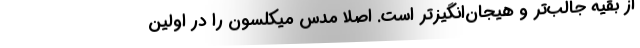
از بقیه جالب‌تر و هیجان‌انگیزتر است. اصلا مدس میکلسون را در اولین